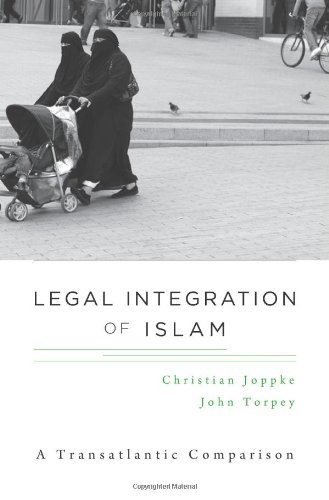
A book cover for Legal Integration of Islam: A Transatlantic Comparison; Christian Joppke; Law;